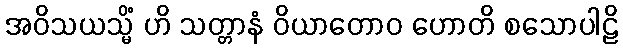
အဝိသယသ္မိံ ဟိ သတ္တာနံ ဝိယာတောဝ ဟောတိ စသောပါဠိ